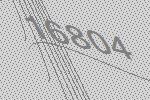
16804